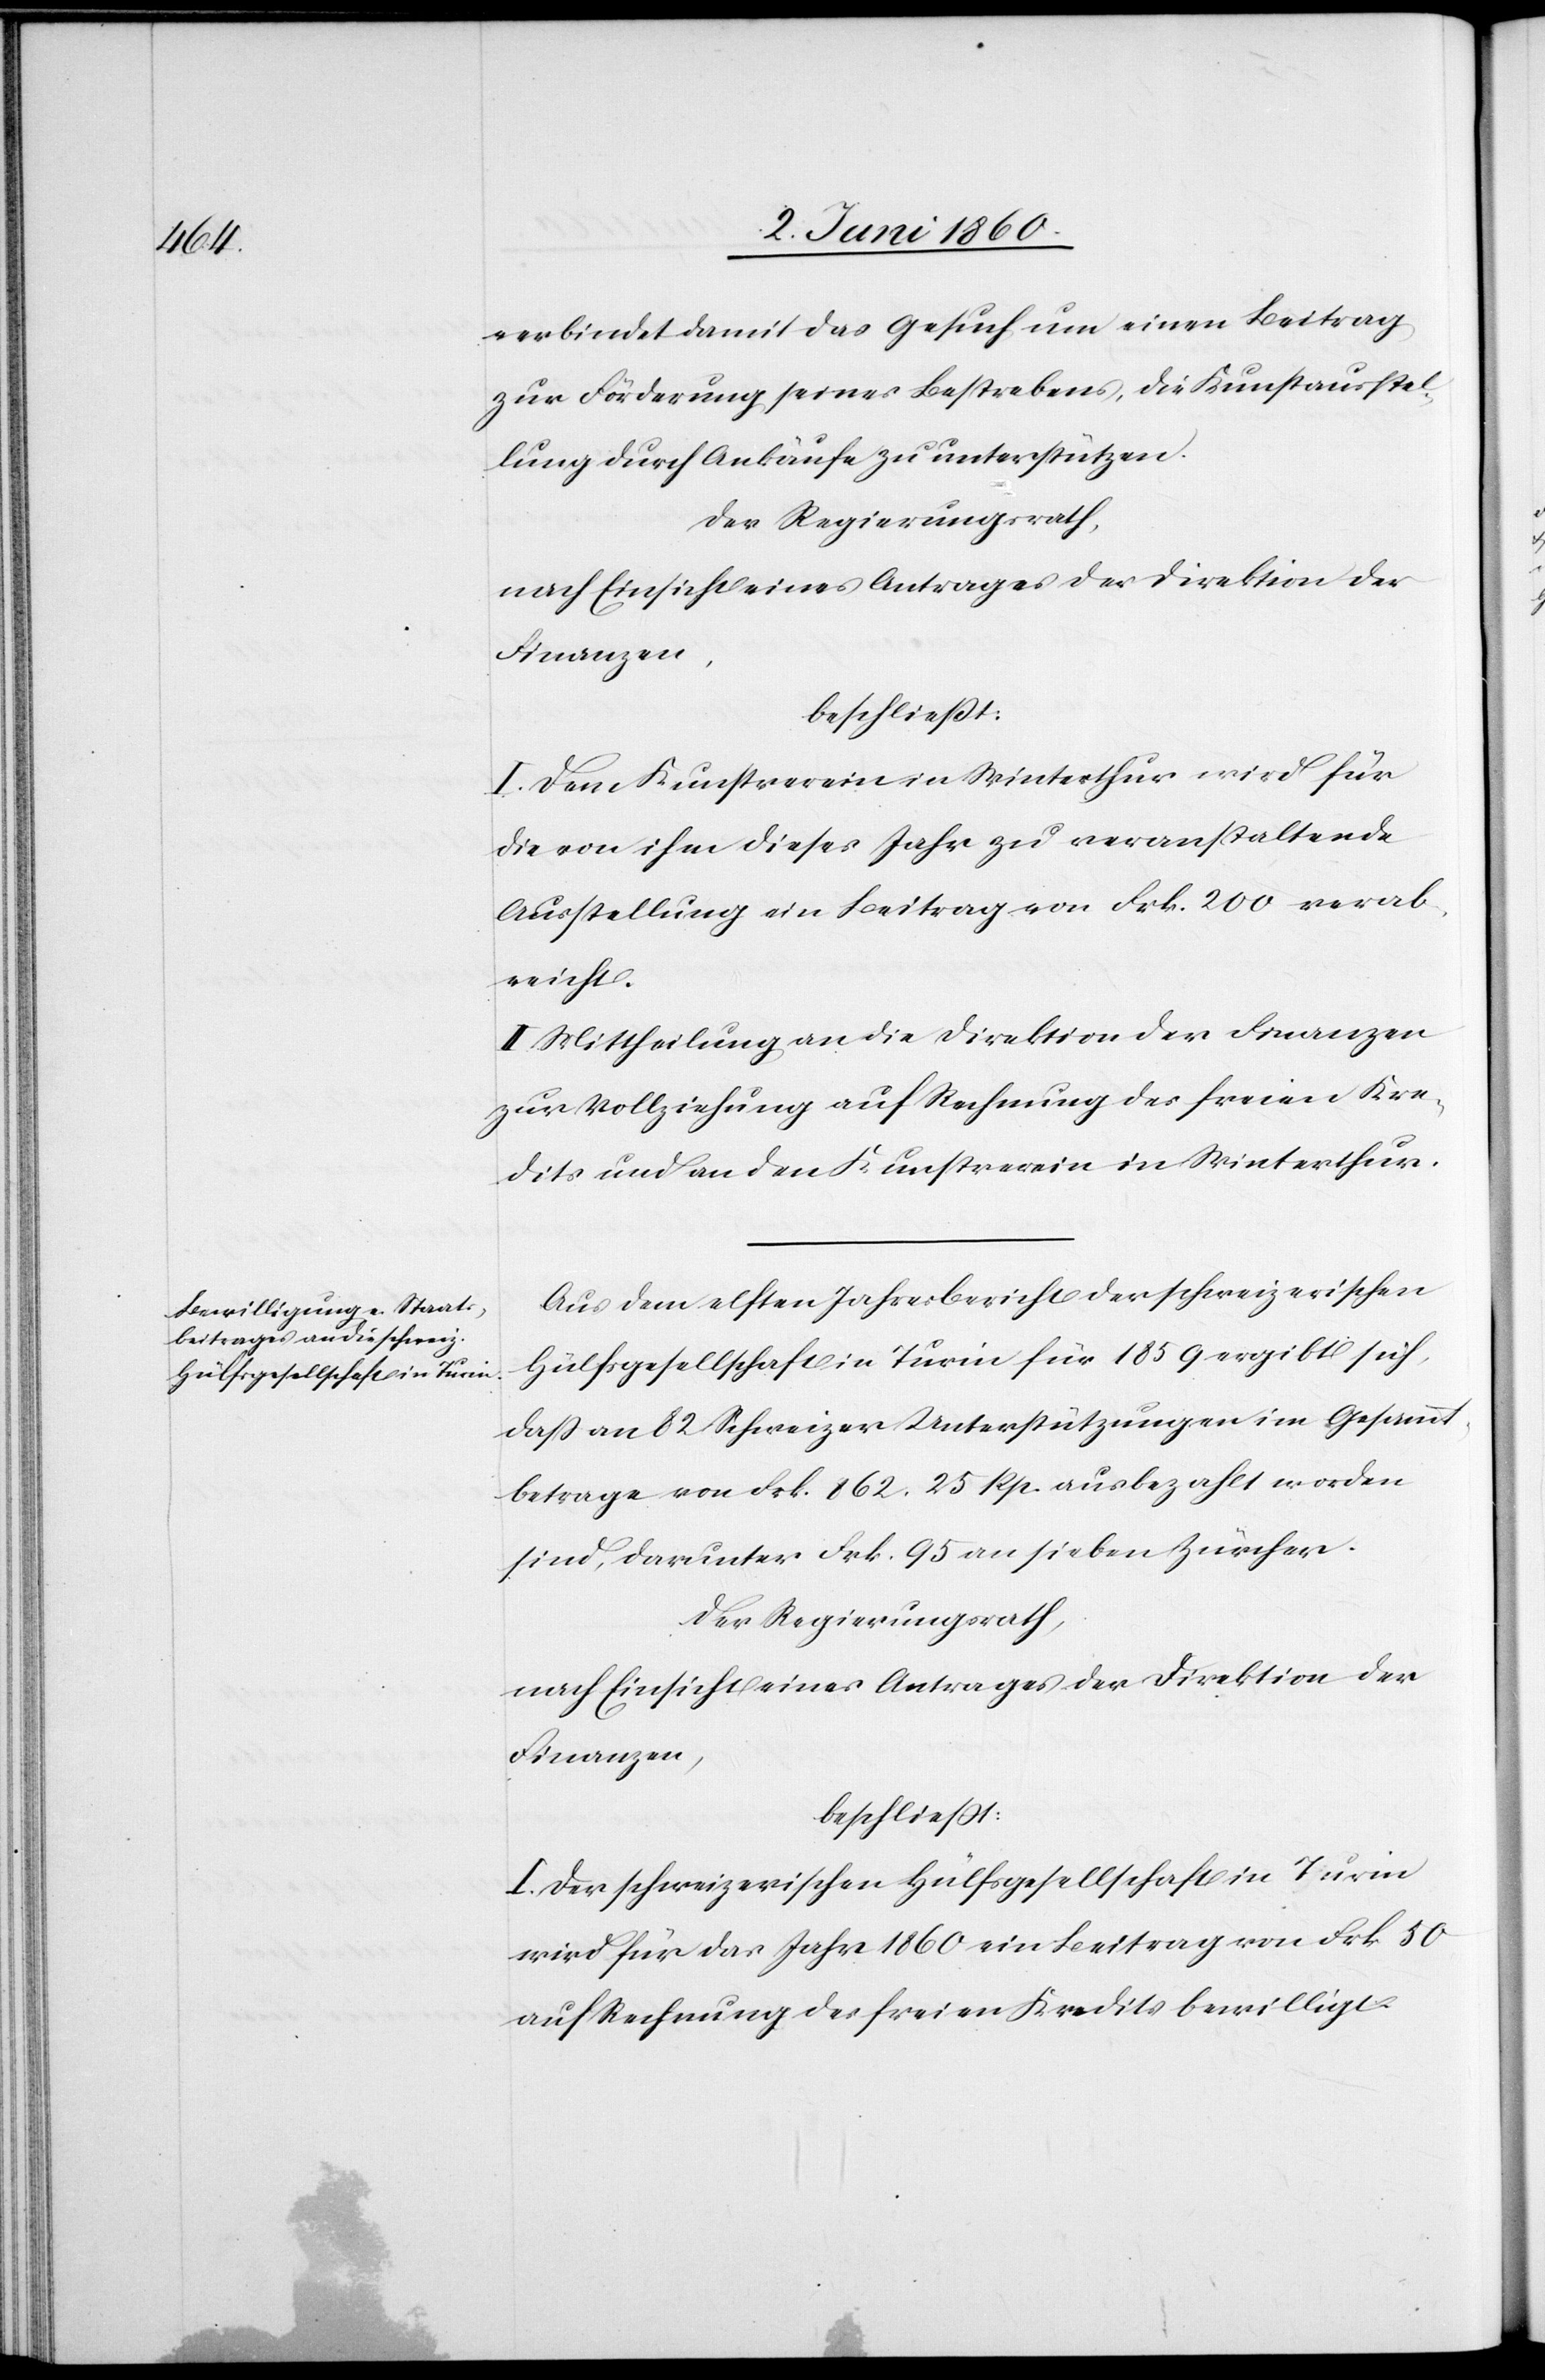
verbindet damit das Gesuch um einen Beitrag
zur Förderung seines Bestrebens, die Kunstausstel¬
lung durch Ankäufe zu unterstützen.
beschliesst.
I. Dem Kunstverein Winterthur wird für
die von ihm dieses Jahr zu veranstaltende
Ausstellung ein Beitrag von Frk. 200 verab¬
reicht.
II. Mittheilung an die Direktion der Finanzen
zur Vollziehung auf Rechnung des freien Kre¬
dites und an den Kunstverein in Winterthur.
Aus dem elften Jahresbericht der schweizerischen
Hülfsgesellschaft in Turin für 1859 ergibt sich,
dass an 82 Schweizer Unterstützungen im Gesammt¬
betrage von Frk. 862. 25 Rp. ausbezahlt worden
sind, darunter Frk. 95 an sieben Zürcher.
Der Regierungsrath,
nach Einsicht eines Antrages der Direktion der
Finanzen,
beschliesst:
I. Der schweizerischen Hülfsgesellschaft in Turin
wird für das Jahr 1860 ein Beitrag von Frk. 50
auf Rechnung des freien Kredits bewilligt.